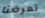
تعرضنا